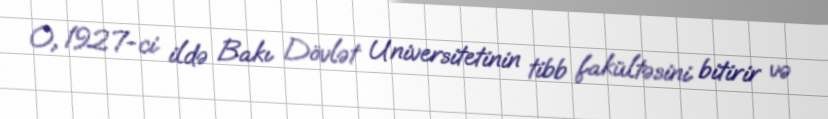
O, 1927-ci ildə Bakı Dövlət Universitetinin tibb fakültəsini bitirir və